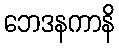
ဘေဒနကာနိ